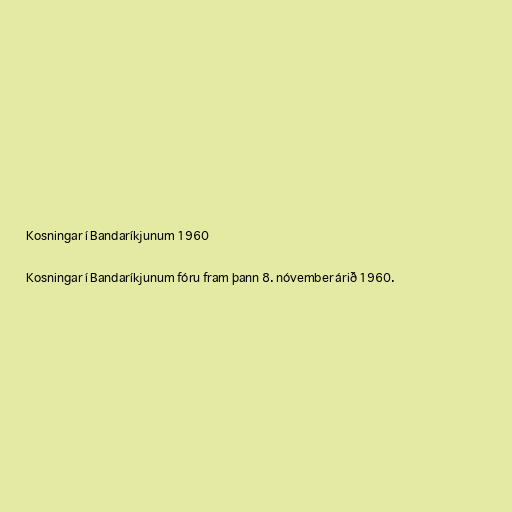
Kosningar í Bandaríkjunum 1960

Kosningar í Bandaríkjunum fóru fram þann 8. nóvember árið 1960.